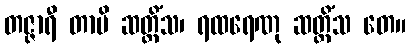
တဇ္ဇာရီ တာပိ ဆတ္တိံသ၊ ရထရေဏု ဆတ္တိံသ တေ။